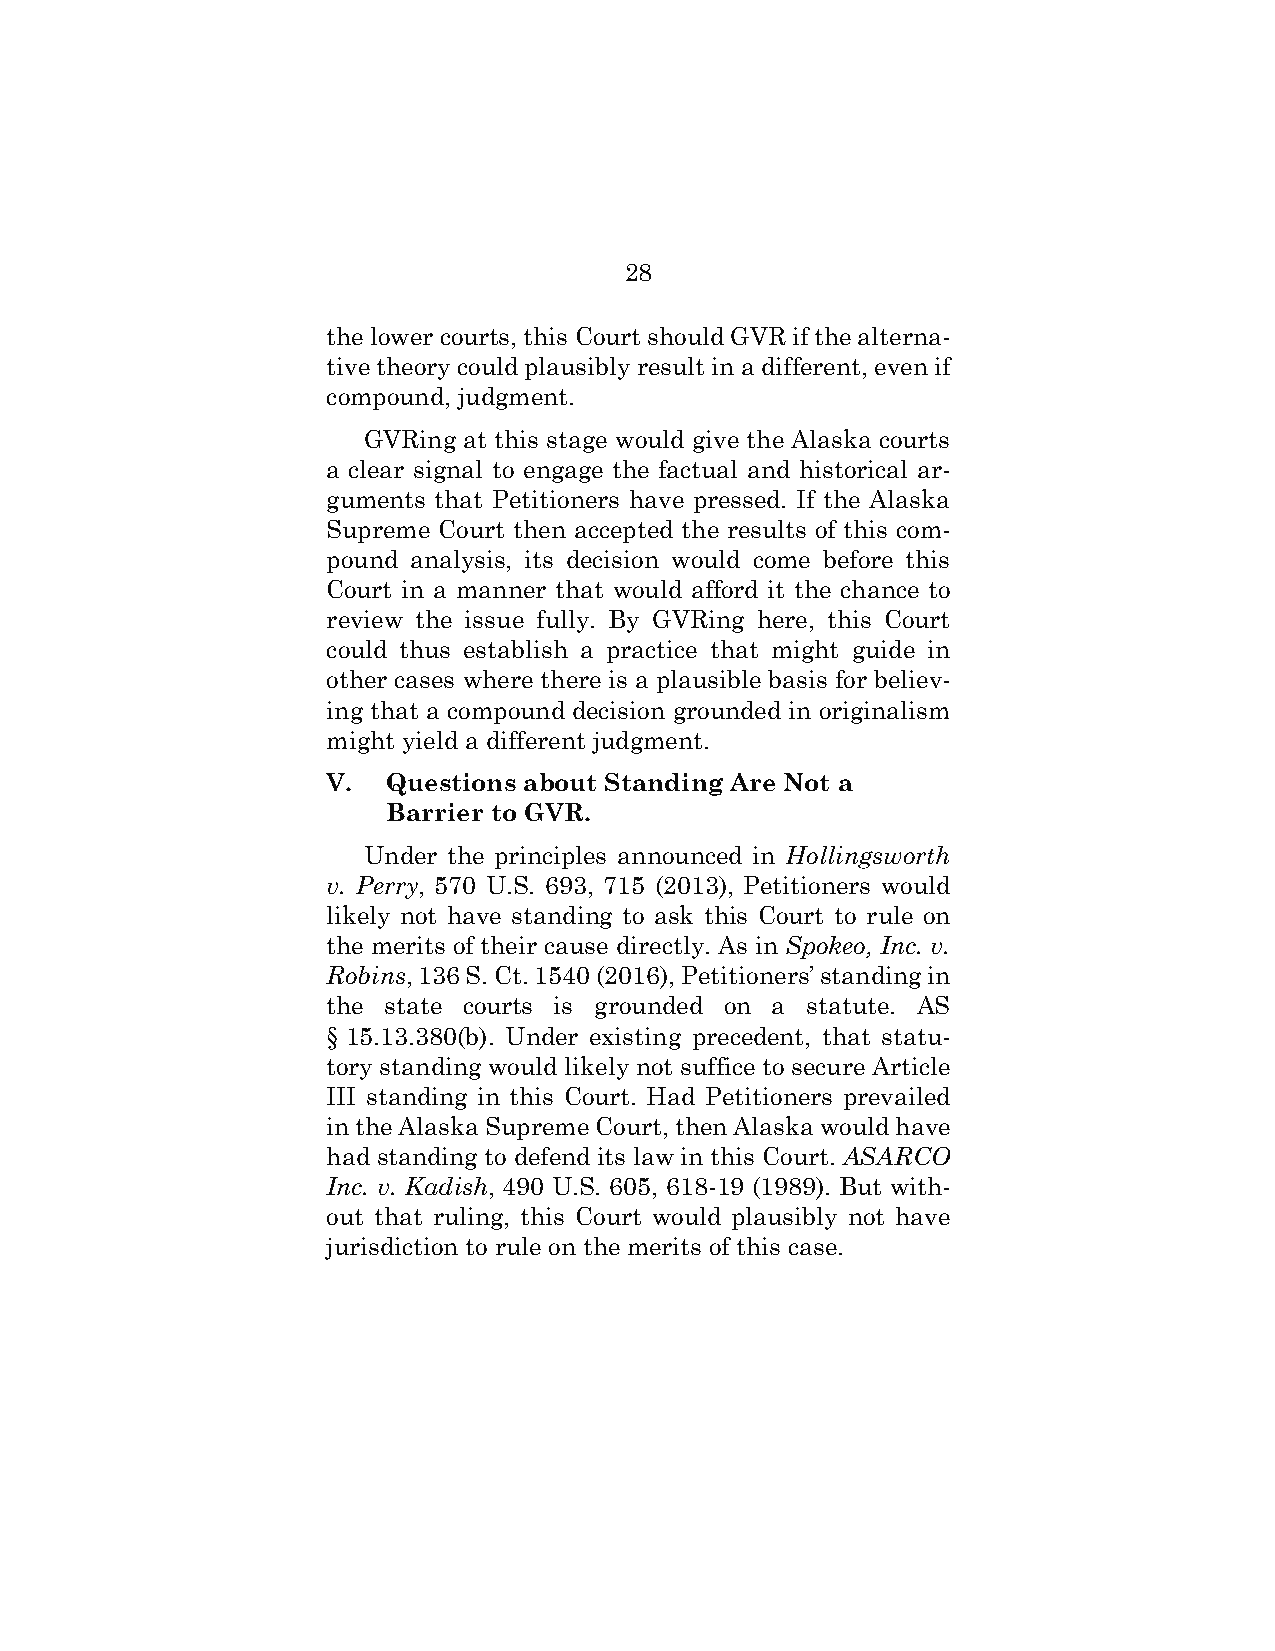
28
 the lower courts, this Court should GVR if the alterna-
 tive theory could plausibly result in a different, even if
 compound, judgment.
 GVRing at this stage would give the Alaska courts
 a clear signal to engage the factual and historical ar-
 guments that Petitioners have pressed. If the Alaska
 Supreme Court then accepted the results of this com-
 pound analysis, its decision would come before this
 Court in a manner that would afford it the chance to
 review the issue fully. By GVRing here, this Court
 could thus establish a practice that might guide in
 other cases where there is a plausible basis for believ-
 ing that a compound decision grounded in originalism
 might yield a different judgment.
 V.  Questions about Standing Are Not a
 Barrier to GVR.
 Under the principles announced in Hollingsworth
 v. Perry, 570 U.S. 693, 715 (2013), Petitioners would
 likely not have standing to ask this Court to rule on
 the merits of their cause directly. As in Spokeo, Inc. v.
 Robins, 136 S. Ct. 1540 (2016), Petitioners’ standing in
 the state courts is grounded on a statute. AS
 § 15.13.380(b). Under existing precedent, that statu-
 tory standing would likely not suffice to secure Article
 III standing in this Court. Had Petitioners prevailed
 in the Alaska Supreme Court, then Alaska would have
 had standing to defend its law in this Court. ASARCO
 Inc. v. Kadish, 490 U.S. 605, 618-19 (1989). But with-
 out that ruling, this Court would plausibly not have
 jurisdiction to rule on the merits of this case.